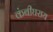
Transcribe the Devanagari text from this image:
कंबीघराय